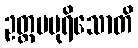
ဥတ္တမပုရိသောတိ